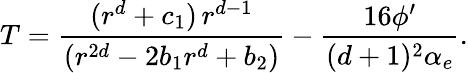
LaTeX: T={\frac{(r^{d}+c_{1})\, r^{d-1}}{(r^{2d}-2b_{1}r^{d}+b_{2})}}-{\frac{16\phi^{\prime}}{(d+1)^{2}\alpha_{e}}}.